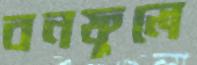
বনফুলে